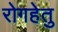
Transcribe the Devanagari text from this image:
रोगहेतु